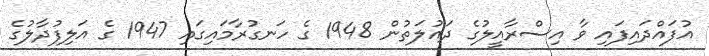
އުފައްދައިފައި ވާ އިސްރާއީލުގެ ދައުލަތުން 1948 ގެ ހަނގުރާމައިގައި 1947 ގެ އަލިފުދާލުގެ